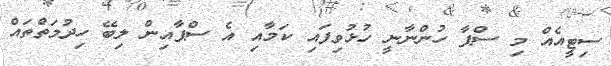
ސިޓީއެއް މި ސްޕާ ހުންނާނީ ހުޅުވިފައި ކަމާއި އެ ސްޕާއިން ލިބޭ ހިދުމަތްތައް